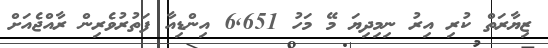
ޒިޔާރަތް ކުރި އިރު ނިމިދިޔަ މޭ މަހު 6